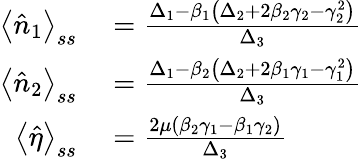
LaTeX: \begin{array}{rl}{\left\langle\hat{n}_{1}\right\rangle_{ss}}&{{}=\frac{\Delta_{1}-\beta_{1}\left(\Delta_{2}+2\beta_{2}\gamma_{2}-\gamma_{2}^{2}\right)}{\Delta_{3}}}\\ {\left\langle\hat{n}_{2}\right\rangle_{ss}}&{{}=\frac{\Delta_{1}-\beta_{2}\left(\Delta_{2}+2\beta_{1}\gamma_{1}-\gamma_{1}^{2}\right)}{\Delta_{3}}}\\ {\left\langle\hat{\eta}\right\rangle_{ss}}&{{}=\frac{2\mu\left(\beta_{2}\gamma_{1}-\beta_{1}\gamma_{2}\right)}{\Delta_{3}}}\end{array}